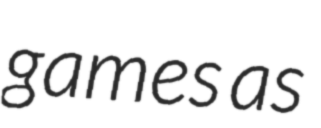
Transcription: games as